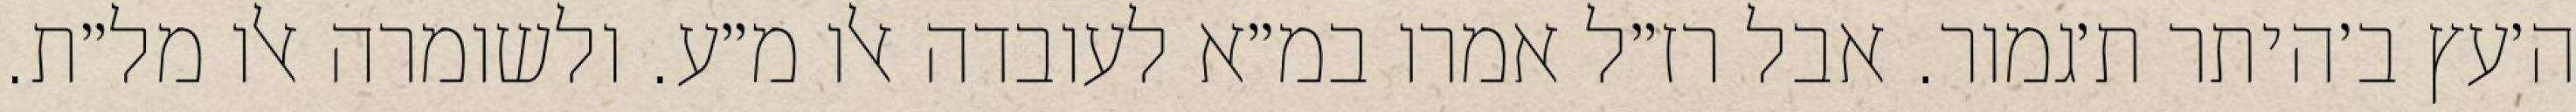
ה׳עץ ב׳היתר ת׳גמור. אבל רז״ל אמרו במ״א לעובדה אלו מ״ע. ולשומרה אלו מל״ת.